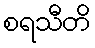
စရသီတိ